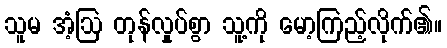
သူမ အံ့ဩ တုန်လှုပ်စွာ သူ့ကို မော့ကြည့်လိုက်၏။